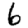
Digit: 6